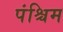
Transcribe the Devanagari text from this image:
पंश्चिम